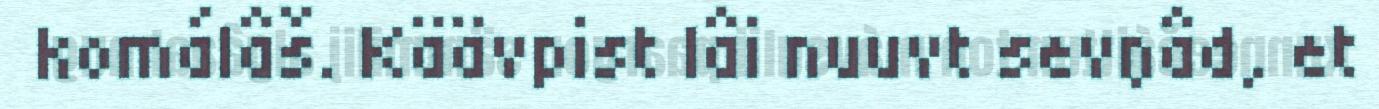
komálâš. Käävpist lâi nuuvt sevŋâd, et